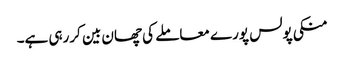
منکی پولس پورے معاملے کی چھان بین کررہی ہے۔